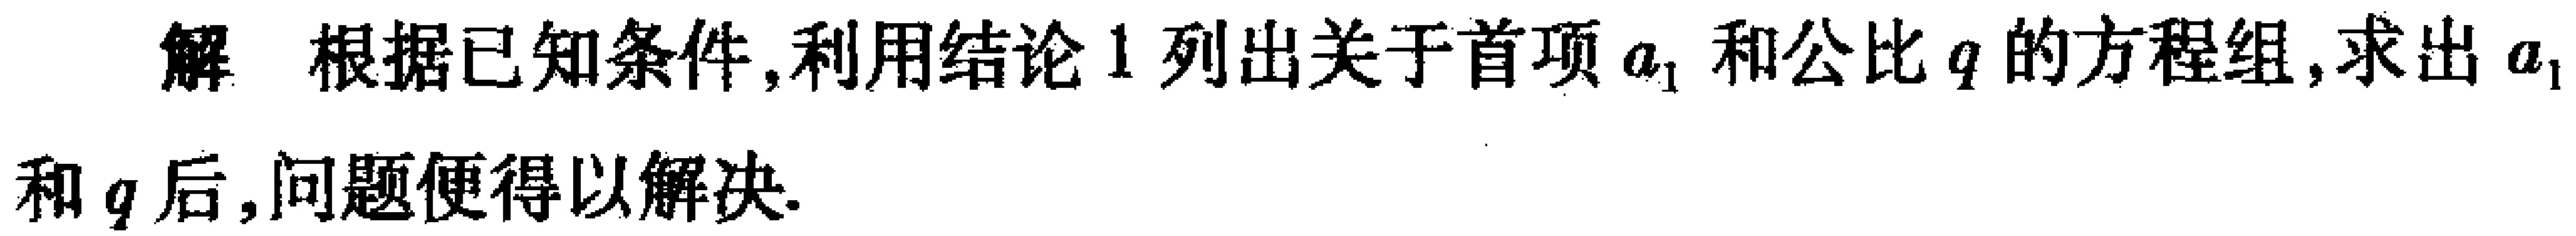
解 根据已知条件, 利用结论 1 列出关于首项 \(a_{1}\) 和公比 \(q\) 的方程组, 求出 \(a_{1}\) 和 \(q\) 后, 问题便得以解决.